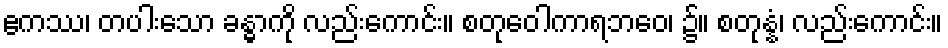
ဧကဿ၊ တပါးသော ခန္ဓာကို လည်းကောင်း။ စတုဝေါကာရဘဝေ၊ ၌။ စတုန္နံ၊ လည်းကောင်း။